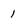
Character: 1